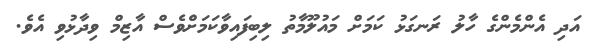
އަދި އެންމެންގެ ހާލު ރަނގަޅު ކަމަށް މައުލޫމާތު ލިބިފައިވާކަމަށްެވެސް އާޒިމް ވިދާޅުވި އެވެ.